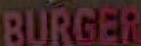
BURGER